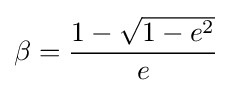
\beta ={\frac {1-{\sqrt {1-e^{2}}}}{e}}